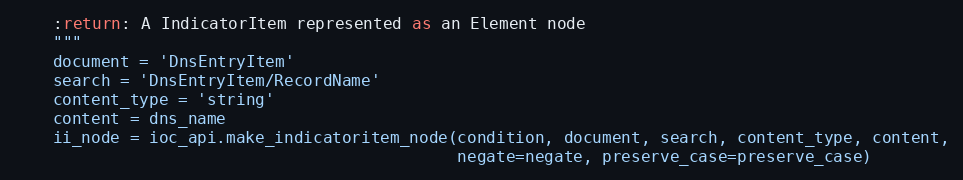
Language: Python
    :return: A IndicatorItem represented as an Element node
    """
    document = 'DnsEntryItem'
    search = 'DnsEntryItem/RecordName'
    content_type = 'string'
    content = dns_name
    ii_node = ioc_api.make_indicatoritem_node(condition, document, search, content_type, content,
                                              negate=negate, preserve_case=preserve_case)